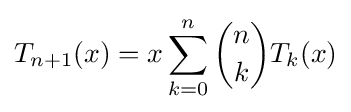
T_{n+1}(x)=x\sum _{k=0}^{n}{n \choose k}T_{k}(x)